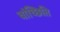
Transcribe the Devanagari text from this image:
वांच्छिति